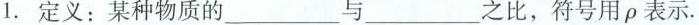
1.定义：某种物质的___与___之比，符号用ρ表示。